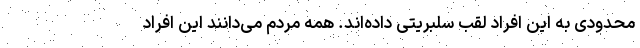
محدودی به این افراد لقب سلبریتی داده‌اند. همه مردم می‌دانند این افراد